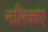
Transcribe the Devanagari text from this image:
नलिकांए